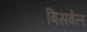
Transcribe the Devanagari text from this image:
बिसबेल